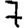
Digit: 7